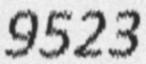
9523